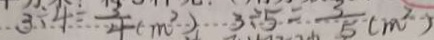
3 \div 4 = \frac { 3 } { 4 } ( m ^ { 2 } ) 3 \div 5 = \frac { 3 } { 5 } ( m ^ { 2 } )